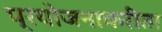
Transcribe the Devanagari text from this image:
प्रयोजनाकरीता